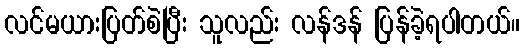
လင်မယားပြတ်စဲပြီး သူလည်း လန်ဒန် ပြန်ခဲ့ရပါတယ်။